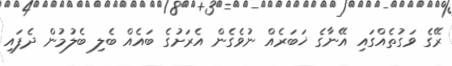
ރޭގެ ވަގުތެއްގައި އޭނާގެ ޚަބަރެއް ނުވެގެން އެރަށުގެ ބައެއް ބެލި ބެލުމުން ދެފައި